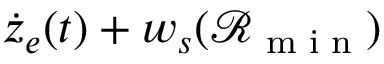
\dot { z } _ { e } ( t ) + w _ { s } ( \mathcal { R } _ { \textrm { m i n } } )